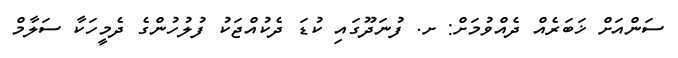
ސަންއަށް ޚަބަރެއް ދެއްވުމަށް: ށ. ފުނަދޫގައި ކުޑަ ދެކުއްޖަކު ފުލުހުންގެ ދެމީހަކާ ސަލާމް